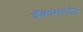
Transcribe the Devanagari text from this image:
बँकांमार्फत